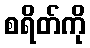
စရိတ်ကို